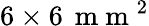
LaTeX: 6\times 6\, \mathrm{~m~m~}^{2}